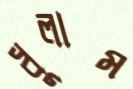
ধুলাম